Indian journal of veterinary science and animal husbandry - Volume 11,
Year: 1941
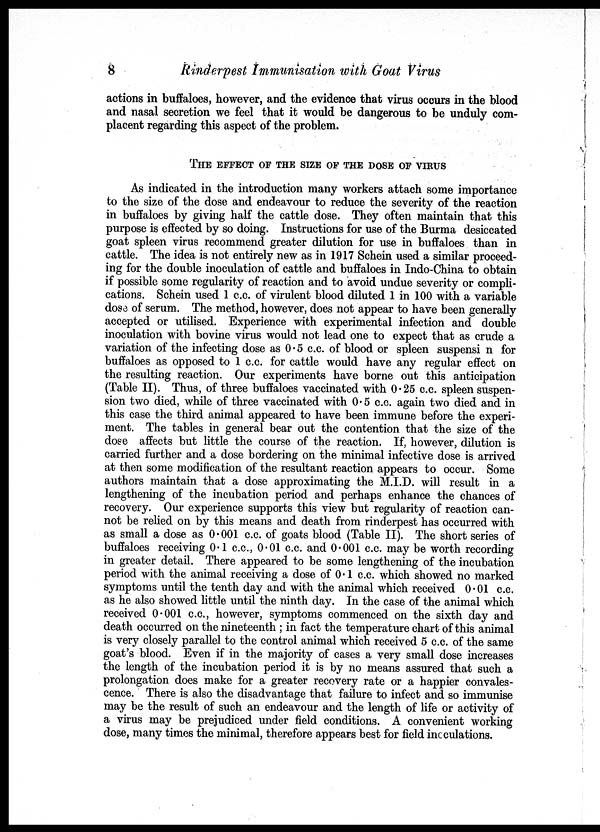
8
Rinderpest Immunisation with Goat Virus
actions in buffaloes, however, and the evidence that virus occurs in the blood
and nasal secretion we feel that it would be dangerous to be unduly com-
placent regarding this aspect of the problem.
THE EFFECT OF THE SIZE OF THE DOSE OF VIRUS
As indicated in the introduction many workers attach some importance
to the size of the dose and endeavour to reduce the severity of the reaction
in buffaloes by giving half the cattle dose. They often maintain that this
purpose is effected by so doing. Instructions for use of the Burma desiccated
goat spleen virus recommend greater dilution for use in buffaloes than in
cattle. The idea is not entirely new as in 1917 Schein used a similar proceed-
ing for the double inoculation of cattle and buffaloes in Indo-China to obtain
if possible some regularity of reaction and to avoid undue severity or compli-
cations. Schein used 1 c.c. of virulent blood diluted 1 in 100 with a variable
dose of serum. The method, however, does not appear to have been generally
accepted or utilised. Experience with experimental infection and double
inoculation with bovine virus would not lead one to expect that as crude a
variation of the infecting dose as 0.5 c.c. of blood or spleen suspensi n for
buffaloes as opposed to 1 c.c. for cattle would have any regular effect on
the resulting reaction. Our experiments have borne out this anticipation
(Table II). Thus, of three buffaloes vaccinated with 0.25 c.c. spleen suspen-
sion two died, while of three vaccinated with 0.5 c.c. again two died and in
this case the third animal appeared to have been immune before the experi-
ment. The tables in general bear out the contention that the size of the
dose affects but little the course of the reaction. If, however, dilution is
carried further and a dose bordering on the minimal infective dose is arrived
at then some modification of the resultant reaction appears to occur. Some
authors maintain that a dose approximating the M.I.D. will result in a
lengthening of the incubation period and perhaps enhance the chances of
recovery. Our experience supports this view but regularity of reaction can-
not be relied on by this means and death from rinderpest has occurred with
as small a dose as 0.001 c.c. of goats blood (Table II). The short series of
buffaloes receiving 0.1 c.c., 0.01 c.c. and 0.001 c.c. may be worth recording
in greater detail. There appeared to be some lengthening of the incubation
period with the animal receiving a dose of 0.1 c.c. which showed no marked
symptoms until the tenth day and with the animal which received 0.01 c.c.
as he also showed little until the ninth day. In the case of the animal which
received 0.001 c.c., however, symptoms commenced on the sixth day and
death occurred on the nineteenth ; in fact the temperature chart of this animal
is very closely parallel to the control animal which received 5 c.c. of the same
goat's blood. Even if in the majority of cases a very small dose increases
the length of the incubation period it is by no means assured that such a
prolongation does make for a greater recovery rate or a happier convales-
cence. There is also the disadvantage that failure to infect and so immunise
may be the result of such an endeavour and the length of life or activity of
a virus may be prejudiced under field conditions. A convenient working
dose, many times the minimal, therefore appears best for field inoculations.